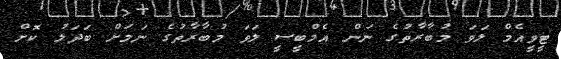
ޓީވީއެމް ލަވަ މުބާރާތުގެ ނަން އެމްބީސީ ލަވަ މުބާރާތުގެ ނަމަށް ބަދަލު ކޮށް